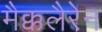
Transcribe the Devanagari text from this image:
मैक्कलैरेन